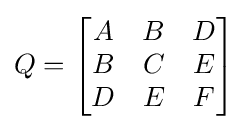
Q={\begin{bmatrix}A&B&D\\B&C&E\\D&E&F\\\end{bmatrix}}